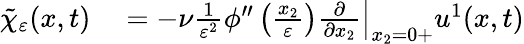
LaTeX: \begin{array}{rl}{\tilde{\chi}_{\varepsilon}(x,t)}&{{}=-\nu\frac{1}{\varepsilon^{2}}\phi^{\prime\prime}\left(\frac{x_{2}}{\varepsilon}\right)\left.\frac{\partial}{\partial x_{2}}\right|_{x_{2}=0+}u^{1}(x,t)}\end{array}